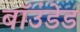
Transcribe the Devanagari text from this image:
बॉउंडेड